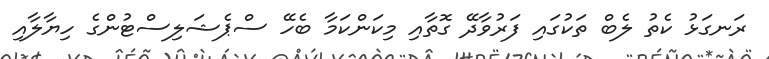
ރަނގަޅު ކެތު ލެބް ތަކުގައި ފަރުވާދޭ ގޮތާއި މިކަންކަމާ ބެހޭ ސްޕެޝަލިސްޓުންގެ ހިޔާލާއި